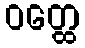
ဝတ္ထေ